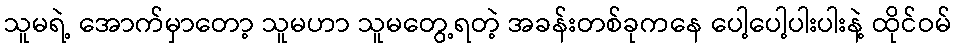
သူမရဲ့ အောက်မှာတော့ သူမဟာ သူမတွေ့ရတဲ့ အခန်းတစ်ခုကနေ ပေါ့ပေါ့ပါးပါးနဲ့ ထိုင်ဝမ်